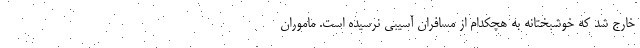
خارج شد که خوشبختانه به هچکدام از مسافران آسیبی نرسیده است. ماموران